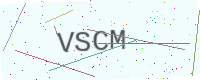
Text: VSCM